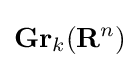
\mathbf {Gr} _{k}(\mathbf {R} ^{n})